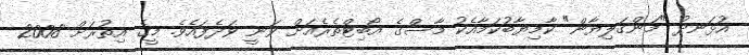
އުޅަނދު "މަންގަލިޔާން" ކާމިޔާބުކަމާއެކު މާސްގެ އޯބިޓްތެރެއަށް ވަނީ ވަދެފައެވެ. މީގެ އިތުރަށް 2008